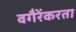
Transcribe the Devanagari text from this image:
वगैरेंकरता